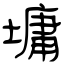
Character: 墉